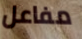
مفاعل